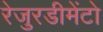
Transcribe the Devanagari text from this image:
रेजुरडीमेंटो